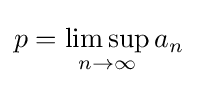
p=\limsup _{n\to \infty }a_{n}